Lunatic asylums Burma 1907-21 - 1907-1921
Year: 1907
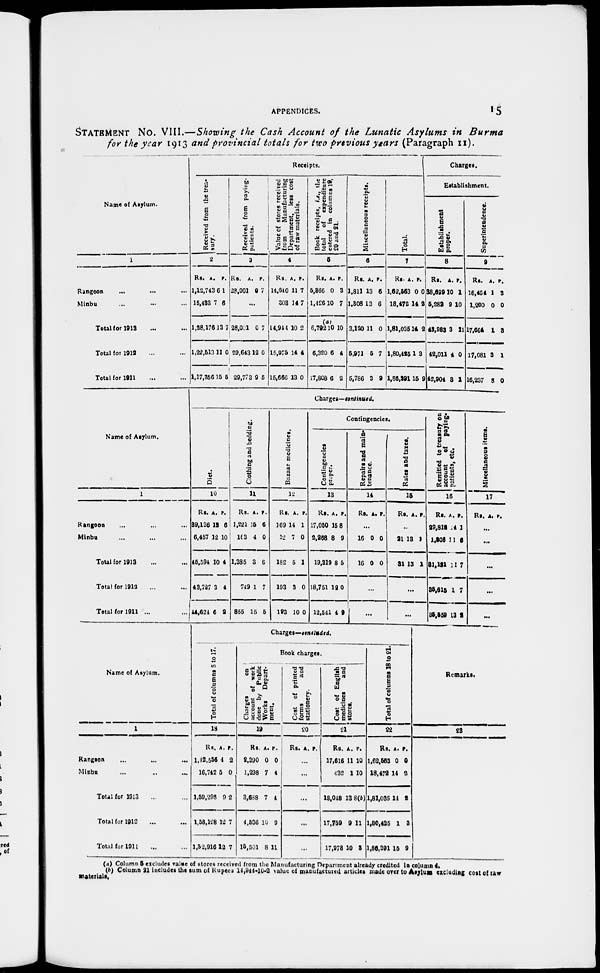
APPENDICES.
15
STATEMENT NO. VIII.—Showing the Cash Account of the Lunatic Asylums in Burma
for the year 1913 and provincial totals for two previous years (Paragraph II ).
Name of Asylum.
1
Rangoon ... ... ...
Minbu ... ... ...
Total for 1913 ... ...
Total for 1912 ... ...
Total for 1911 ... ...
Receipts.
Received from the trea-
sury.
2
Rs.
1,12,743
16,433
1,28,176
1,22,513
1,17,356
A.
6
7
13
11
15
P.
1
6
7
0
5
Received from paying-
patients.
3
Rs.
28,001
A.
9
P.
7
...
28,031
29,643
29,773
0
12
9
7
0
6
Value of stores received
from
Manufacturing
Department, less cost
of raw materials.
4
Rs.
14,640
203
14,944
15,975
15,666
A.
11
14
10
14
13
P.
7
7
2
4
0
Book receipts, i.e., the
total of expenditure
entered in columns 19,
20
and 21.
5
Rs.
5,366
1,426
(a)
6,792
6,320
17,808
A.
0
10
10
6
6
P.
3
7
10
4
2
Miscellaneous receipts.
6
Rs.
1,811
1,808
3,120
5,971
5,786
A.
13
13
11
5
3
P.
6
6
0
7
9
Total.
7
Rs.
1,62,563
18,472
1,81,035
1,80,425
1,86,391
A.
0
14
14
1
15
P.
0
2
2
3
9
Charges.
Establishment.
Establishment
proper.
8
Rs.
38,699
5,282
43,983
42,011
42,904
A.
10
9
3
4
3
P.
1
10
11
0
1
Superintendence.
9
Rs.
16,464
1,200
17,664
17,081
16,237
A.
1
0
1
3
8
P.
3
0
3
1
0
Name of Asylum.
1
Rangoon ... ... ... ...
Minbu ... ... ...
Total for 1913 ... ...
Total for 1912 ... ...
Total for 1911 ... ...
Charges—continued.
Diet.
10
Rs.
39,136
6,457
45,594
43,727
44,624
A.
13
12
10
3
6
P.
6
10
4
4
2
Clothing and bedding.
11
Rs.
1,221
163
1,385
749
855
A.
15
4
3
1
15
P.
6
0
6
7
5
Bazaar medicines.
12
Rs
169
12
182
193
193
A.
14
7
5
3
10
P.
1
0
1
0
0
Contingencies.
Contingencies
proper.
13
Rs.
17,050
2,268
19,319
18,751
12,541
A.
15
8
8
12
4
P.
8
9
5
0
9
Repairs and main-
tenance.
14
Rs. A. P.
...
16
16
0
0
0
0
...
...
Rates and taxes.
15
Rs. A. P.
...
31
31
13
13
1
1
...
...
Remitted to treasury on
account
of paying-
patients, etc.
16
Rs.
29,812
1,308
31,121
35.615
35,559
A.
4
13
11
1
13
P.
1
5
7
7
2
Miscellaneous items.
17
Rs. A. P.
...
...
...
...
...
Name of Asylum.
1
Rangoon ... ... ...
Minbu ... ... ...
Total for 1913 ... ...
Total for 1912 ... ...
Total for 1911 ... ...
Charges—concluded.
Total of columns 8 to 17.
18
Rs.
1,42,556
16,742
1,59,298
1,58,128
1,52,916
A.
4
5
9
12
12
P.
2
0
2
7
7
Book charges.
Charges
on
account of work
done by Public
Works
Depart-
ment.
19
Rs.
2,390
1,298
3,688
4,536
15,501
A.
0
7
7
10
8
P.
0
4
4
9
11
Cost of printed
forms
and
stationery.
20
Rs. A. P.
...
...
...
...
...
Cost of English
medicines
and
stores.
21
Rs.
17,616
432
18,048
17,759
17,973
A.
11
1
13
9
10
P.
10
10
8(b)
11
3
Total of columns 18 to 21.
22
Rs.
1,62,553
18,472
1,81,035
1,80,425
1,86,391
A.
0
14
14
1
15
P.
0
2
2
3
9
Remarks.
23
(a) Column 5 excludes value of stores received from the Manufacturing Department already credited in column 4.
(b) Column 21 includes the sum of Rupees 14,944-10-2 value of manufactured articles made over to Asylum excluding cost of raw
materials.